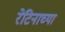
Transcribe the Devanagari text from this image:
रेटिनाच्या